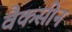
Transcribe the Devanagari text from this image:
वैकसीन